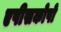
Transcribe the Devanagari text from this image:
एपीसकोपो